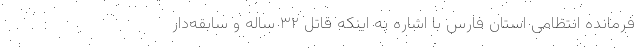
فرمانده انتظامی استان فارس با اشاره به اینکه قاتل ۳۲ ساله و سابقه‌دار